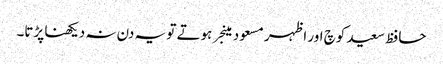
حافظ سعید کوچ اور اظہر مسعود مینجر ہوتے تو یہ دن نہ دیکھنا پڑتا۔